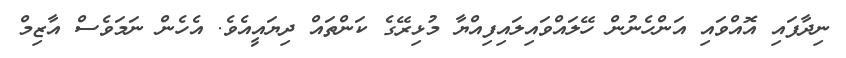
ނިދާފައި އޮއްވައި އަންހެނުން ހޭލައްވައިލައިފިއްޔާ މުޅިރޭގެ ކަންތައް ދިޔައީއެވެ. އެހެން ނަމަވެސް އާޒިމް